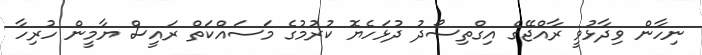
ނިހާން ވިދާޅުވީ ރާއްޖޭގެ އިގްތިސޯދު ދުޅަހެޔޮ ކުރުމުގެ މަސައްކަތް ރައީސް ޔާމީން ހުރިހާ